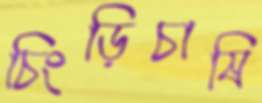
চিংড়িচাষি